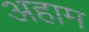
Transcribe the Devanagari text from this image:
अहाम